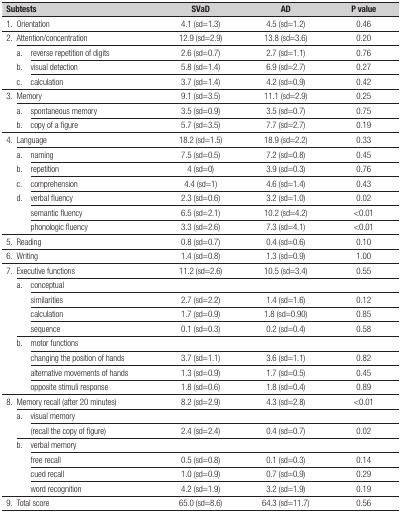
<table><thead><tr><td colspan="3"><b>Subtests </b></td><td><b>SVaD </b></td><td><b>AD </b></td><td><b>P value</b></td></tr></thead><tbody><tr><td>1. </td><td colspan="2">Orientation </td><td>4.1 (sd=1.3) </td><td>4.5 (sd=1.2) </td><td>0.46</td></tr><tr><td rowspan="4">2.</td><td colspan="2">Attention/concentration</td><td>12.9 (sd=2.9)</td><td>13.8 (sd=3.6)</td><td>0.20</td></tr><tr><td>a.</td><td>reverse repetition of digits</td><td>2.6 (sd=0.7)</td><td>2.7 (sd=1.1)</td><td>0.76</td></tr><tr><td>b.</td><td>visual detection</td><td>5.8 (sd=1.4)</td><td>6.9 (sd=2.7)</td><td>0.27</td></tr><tr><td>c.</td><td>calculation</td><td>3.7 (sd=1.4)</td><td>4.2 (sd=0.9)</td><td>0.42</td></tr><tr><td rowspan="3">3.</td><td colspan="2">Memory</td><td>9.1 (sd=3.5)</td><td>11.1 (sd=2.9)</td><td>0.25</td></tr><tr><td>a.</td><td>spontaneous memory</td><td>3.5 (sd=0.9)</td><td>3.5 (sd=0.7)</td><td>0.75</td></tr><tr><td>b.</td><td>copy of a figure</td><td>5.7 (sd=3.5)</td><td>7.7 (sd=2.7)</td><td>0.19</td></tr><tr><td rowspan="7">4.</td><td colspan="2">Language</td><td>18.2 (sd=1.5)</td><td>18.9 (sd=2.2)</td><td>0.33</td></tr><tr><td>a.</td><td>naming</td><td>7.5 (sd=0.5)</td><td>7.2 (sd=0.8)</td><td>0.45</td></tr><tr><td>b.</td><td>repetition</td><td>4 (sd=0)</td><td>3.9 (sd=0.3)</td><td>0.76</td></tr><tr><td>c.</td><td>comprehension</td><td>4.4 (sd=1)</td><td>4.6 (sd=1.4)</td><td>0.43</td></tr><tr><td>d.</td><td>verbal fluency</td><td>2.3 (sd=0.6)</td><td>3.2 (sd=1.0)</td><td>0.02</td></tr><tr><td rowspan="2"> </td><td>semantic fluency</td><td>6.5 (sd=2.1)</td><td>10.2 (sd=4.2)</td><td>&lt;0.01</td></tr><tr><td>phonologic fluency</td><td>3.3 (sd=2.6)</td><td>7.3 (sd=4.1)</td><td>&lt;0.01</td></tr><tr><td>5.</td><td colspan="2">Reading</td><td>0.8 (sd=0.7)</td><td>0.4 (sd=0.6)</td><td>0.10</td></tr><tr><td>6.</td><td colspan="2">Writing</td><td>1.4 (sd=0.8)</td><td>1.3 (sd=0.9)</td><td>1.00</td></tr><tr><td rowspan="9">7.</td><td colspan="2">Executive functions</td><td>11.2 (sd=2.6)</td><td>10.5 (sd=3.4)</td><td>0.55</td></tr><tr><td rowspan="4">a.</td><td>conceptual</td><td> </td><td> </td><td> </td></tr><tr><td>similarities</td><td>2.7 (sd=2.2)</td><td>1.4 (sd=1.6)</td><td>0.12</td></tr><tr><td>calculation</td><td>1.7 (sd=0.9)</td><td>1.8 (sd=0.90)</td><td>0.85</td></tr><tr><td>sequence</td><td>0.1 (sd=0.3)</td><td>0.2 (sd=0.4)</td><td>0.58</td></tr><tr><td rowspan="4">b.</td><td>motor functions</td><td> </td><td> </td><td> </td></tr><tr><td>changing the position of hands</td><td>3.7 (sd=1.1)</td><td>3.6 (sd=1.1)</td><td>0.82</td></tr><tr><td>alternative movements of hands</td><td>1.3 (sd=0.9)</td><td>1.7 (sd=0.5)</td><td>0.45</td></tr><tr><td>opposite stimuli response</td><td>1.8 (sd=0.6)</td><td>1.8 (sd=0.4)</td><td>0.89</td></tr><tr><td rowspan="7">8.</td><td colspan="2">Memory recall (after 20 minutes)</td><td>8.2 (sd=2.9)</td><td>4.3 (sd=2.8)</td><td>&lt;0.01</td></tr><tr><td rowspan="2">a.</td><td>visual memory</td><td> </td><td> </td><td> </td></tr><tr><td>(recall the copy of figure)</td><td>2.4 (sd=2.4)</td><td>0.4 (sd=0.7)</td><td>0.02</td></tr><tr><td rowspan="4">b.</td><td>verbal memory</td><td> </td><td> </td><td> </td></tr><tr><td>free recall</td><td>0.5 (sd=0.8)</td><td>0.1 (sd=0.3)</td><td>0.14</td></tr><tr><td>cued recall</td><td>1.0 (sd=0.9)</td><td>0.7 (sd=0.9)</td><td>0.29</td></tr><tr><td>word recognition</td><td>4.2 (sd=1.9)</td><td>3.2 (sd=1.9)</td><td>0.19</td></tr><tr><td>9.</td><td colspan="2">Total score</td><td>65.0 (sd=8.6)</td><td>64.3 (sd=11.7)</td><td>0.56</td></tr></tbody></table>